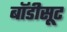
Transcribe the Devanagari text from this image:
बॉडीसूट